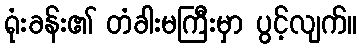
ရုံးခန်း၏ တံခါးမကြီးမှာ ပွင့်လျက်။